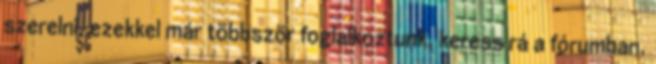
szerelni, ezekkel már többször foglalkoztunk, keress rá a fórumban.